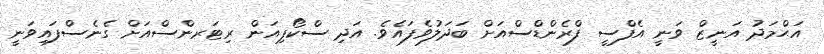
އަޙްމަދު އަނީޒް ވަނީ އެފްސީ ފްރެންޑްސްއަށް ބަދަލުވެފައެވެ. އަދި ސްކޯޕިއަން ރިޓަރންސްއަށް ގެނެސްފައިވަނީ